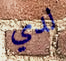
لدي